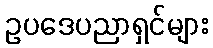
ဥပဒေပညာရှင်များ